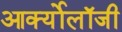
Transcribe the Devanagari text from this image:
आर्क्योलॉजी